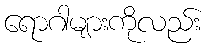
ရောဂါများကိုလည်း